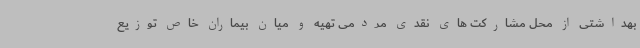
بهداشتی از محل مشارکت های نقدی مردمی تهیه و میان بیماران خاص توزیع